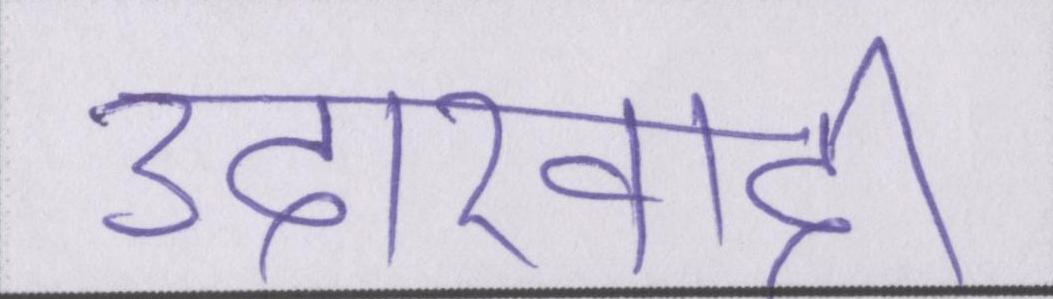
उदारवादी